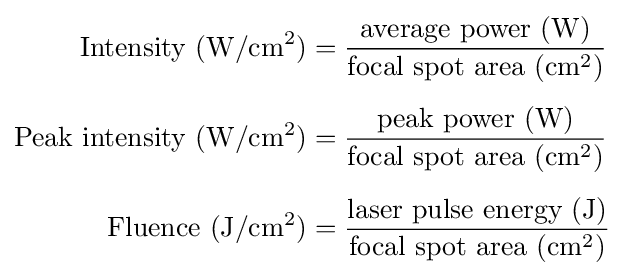
{\begin{aligned}{\text{Intensity }}(\mathrm {W} /\mathrm {cm} ^{2})&={\frac {{\text{average power }}(\mathrm {W} )}{{\text{focal spot area }}(\mathrm {cm} ^{2})}}\\[5pt]{\text{Peak intensity }}(\mathrm {W} /\mathrm {cm} ^{2})&={\frac {{\text{peak power }}(\mathrm {W} )}{{\text{focal spot area }}(\mathrm {cm} ^{2})}}\\[5pt]{\text{Fluence }}(\mathrm {J} /\mathrm {cm} ^{2})&={\frac {{\text{laser pulse energy }}(\mathrm {J} )}{{\text{focal spot area }}(\mathrm {cm} ^{2})}}\end{aligned}}